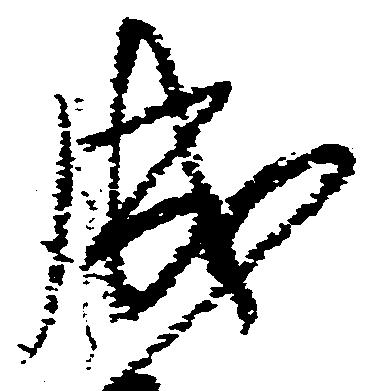
成